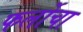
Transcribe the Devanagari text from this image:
फर्लोचा